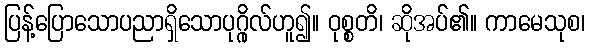
ပြန့်ပြောသောပညာရှိသောပုဂ္ဂိုလ်ဟူ၍။ ဝုစ္စတိ၊ ဆိုအပ်၏။ ကာမေသုစ၊